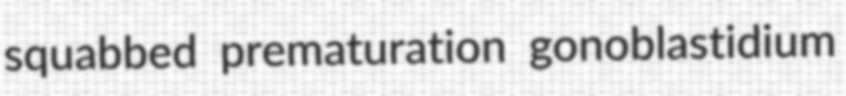
squabbed prematuration gonoblastidium